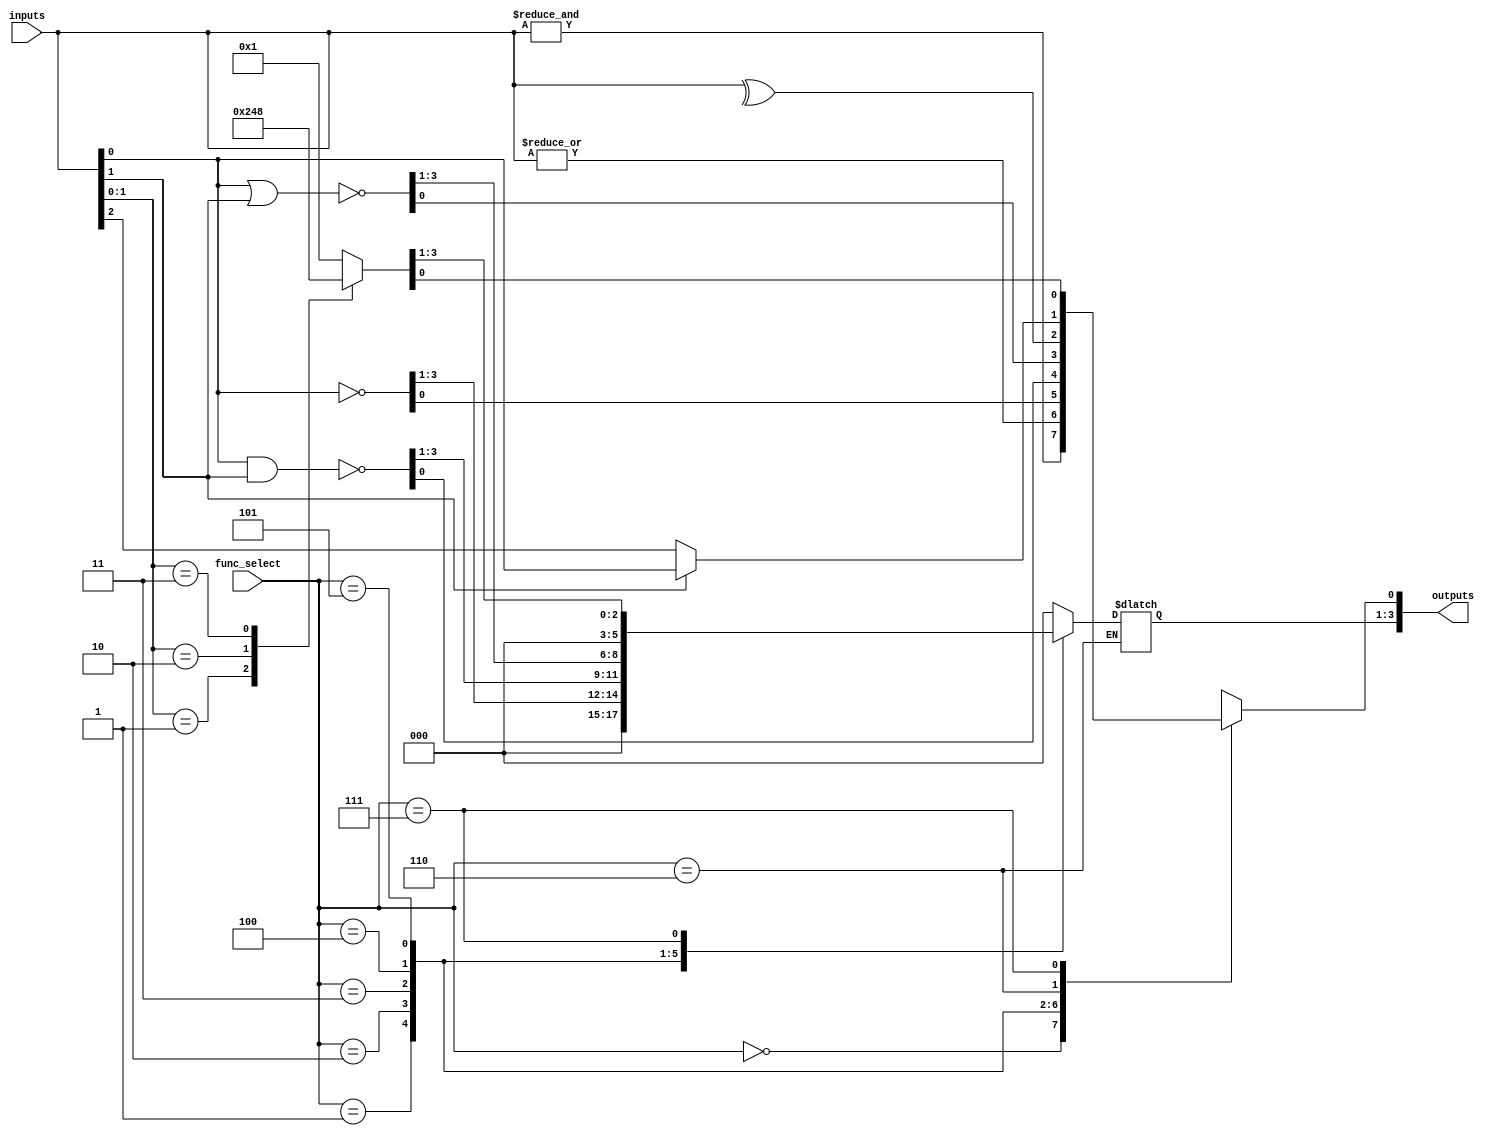
module combinational_logic_blocks #(
    parameter NUM_INPUTS = 4, // Configurable number of inputs (2 to 16)
    parameter NUM_OUTPUTS = 4  // Configurable number of outputs
)(
    input  [NUM_INPUTS-1:0]  inputs,      // Input signals
    input  [2:0]              func_select, // Function select signal
    output reg [NUM_OUTPUTS-1:0] outputs   // Output signals
);

// Function select encoding
localparam AND_FUNC   = 3'b000;
localparam OR_FUNC    = 3'b001;
localparam NOT_FUNC   = 3'b010;
localparam NAND_FUNC  = 3'b011;
localparam NOR_FUNC   = 3'b100;
localparam XOR_FUNC   = 3'b101;
localparam MUX_FUNC   = 3'b110; // 2-to-1 MUX
localparam DECODER_FUNC = 3'b111; // 2-to-4 Decoder

always @(*) begin
    case (func_select)
        AND_FUNC: begin
            outputs = &inputs; // AND operation
        end
        OR_FUNC: begin
            outputs = |inputs; // OR operation
        end
        NOT_FUNC: begin
            outputs = ~inputs[0]; // NOT operation on the first input
        end
        NAND_FUNC: begin
            outputs = ~(inputs[0] & inputs[1]); // NAND operation
        end
        NOR_FUNC: begin
            outputs = ~(inputs[0] | inputs[1]); // NOR operation
        end
        XOR_FUNC: begin
            outputs = ^inputs; // XOR operation
        end
        MUX_FUNC: begin
            outputs[0] = inputs[1] ? inputs[0] : inputs[2]; // 2-to-1 MUX
        end
        DECODER_FUNC: begin
            case (inputs[1:0]) // 2-to-4 Decoder
                2'b00: outputs = 4'b0001;
                2'b01: outputs = 4'b0010;
                2'b10: outputs = 4'b0100;
                2'b11: outputs = 4'b1000;
                default: outputs = 4'b0000;
            endcase
        end
        default: begin
            outputs = 0; // Default case
        end
    endcase
end

endmodule